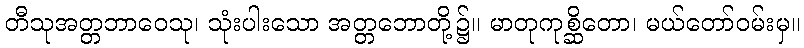
တီသုအတ္တဘာဝေသု၊ သုံးပါးသော အတ္တဘောတို့၌။ မာတုကုစ္ဆိတော၊ မယ်တော်ဝမ်းမှ။